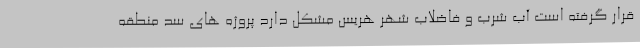
قرار گرفته است آب شرب و فاضلاب شهر هریس مشکل دارد پروژه های سد منطقه